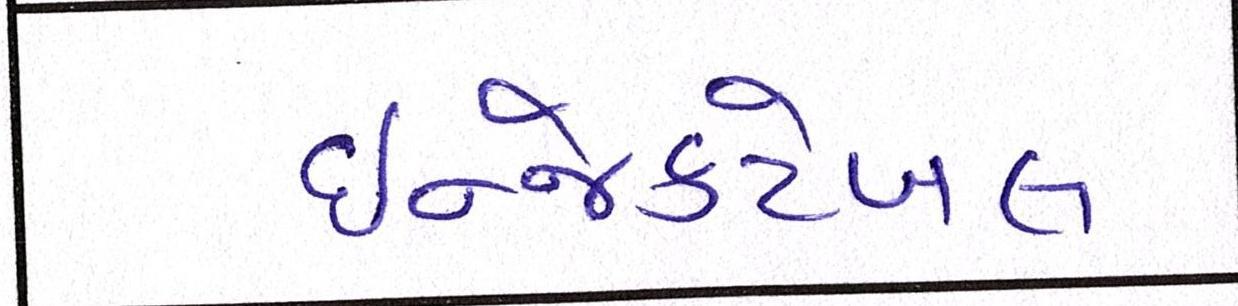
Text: ઇન્જેક્ટેબલ